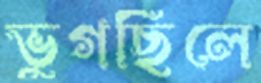
ভুগছিলে